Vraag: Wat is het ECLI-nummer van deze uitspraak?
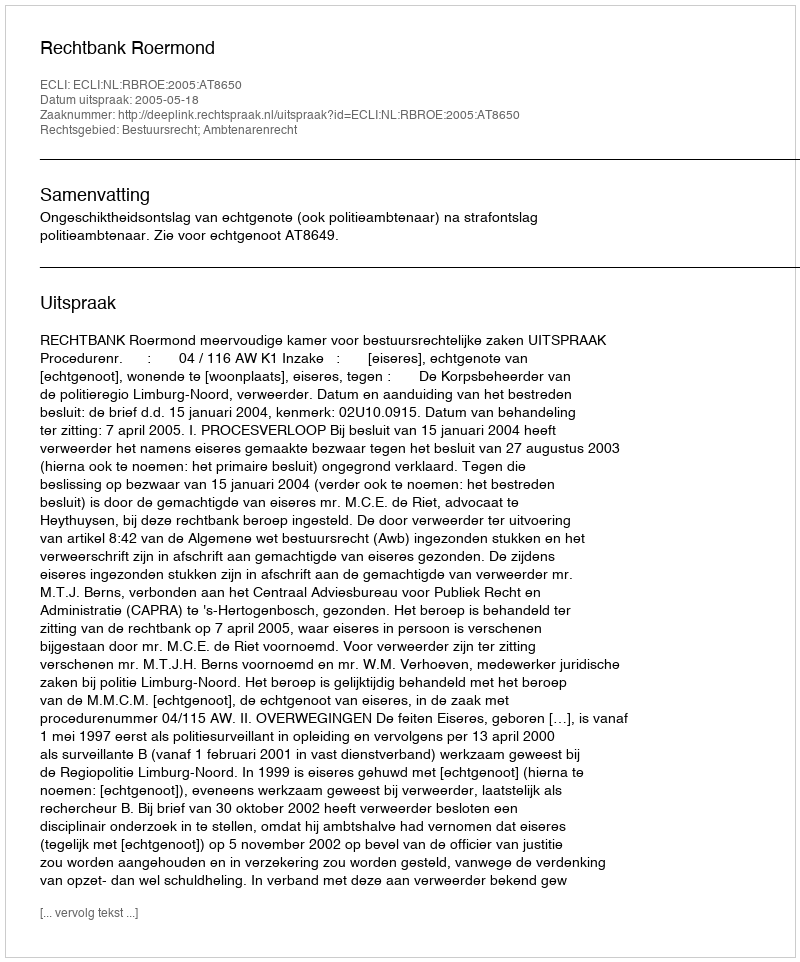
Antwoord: ECLI:NL:RBROE:2005:AT8650